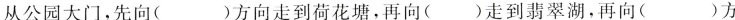
从公园大门，先向( )方向走到荷花塘，再向( )走到翡翠湖，再向( )方